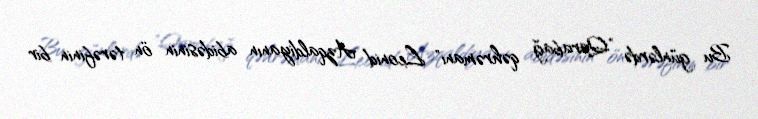
Bu günlərdə "Qarabağ qəhrəmanı" Leonid Azqaldiyanın abidəsinin ön tərəfinin bir